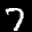
Label: 7